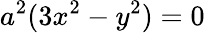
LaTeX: a^{2}(3x^{2}-y^{2})=0